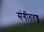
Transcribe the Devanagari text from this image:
संगीततज्ज्ञ